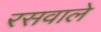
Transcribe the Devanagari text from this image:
रसवाले